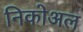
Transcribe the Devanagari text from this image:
निकोअल